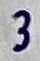
Text: 3